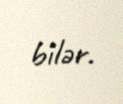
bilər.